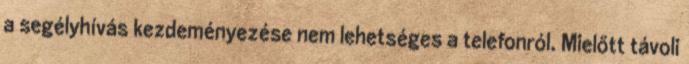
a segélyhívás kezdeményezése nem lehetséges a telefonról. Mielőtt távoli